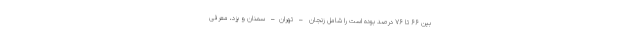
بین ۶۶ تا ۷۶ درصد بوده است را شامل زنجان – تهران– سمنان و یزد، معرفی